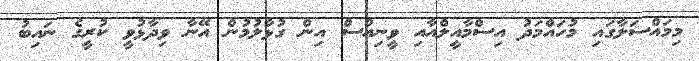
މިމައްސަލާގައި މުހައްމަދު އިސްމާއީލްއާއި ވީނިއުސް އިން ގުޅާލުމުން އޭނާ ވިދާޅުވީ ކުރީގެ ނައިބު